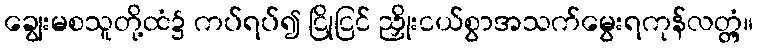
ချွေးမစသူတို့ထံ၌ ကပ်ရပ်၍ ငြိုငြင် ညှိုးငယ်စွာအသက်မွေးရကုန်လတ္တံ့။